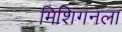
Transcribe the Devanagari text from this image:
मिशिगनला